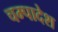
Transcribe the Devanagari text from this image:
चम्पादेश